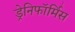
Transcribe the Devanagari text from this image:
ड्रेनिफॉर्मिस